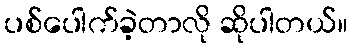
ပစ်ပေါက်ခဲ့တာလို ဆိုပါတယ်။